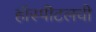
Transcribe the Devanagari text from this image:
हॉस्पीटलची